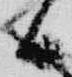
候